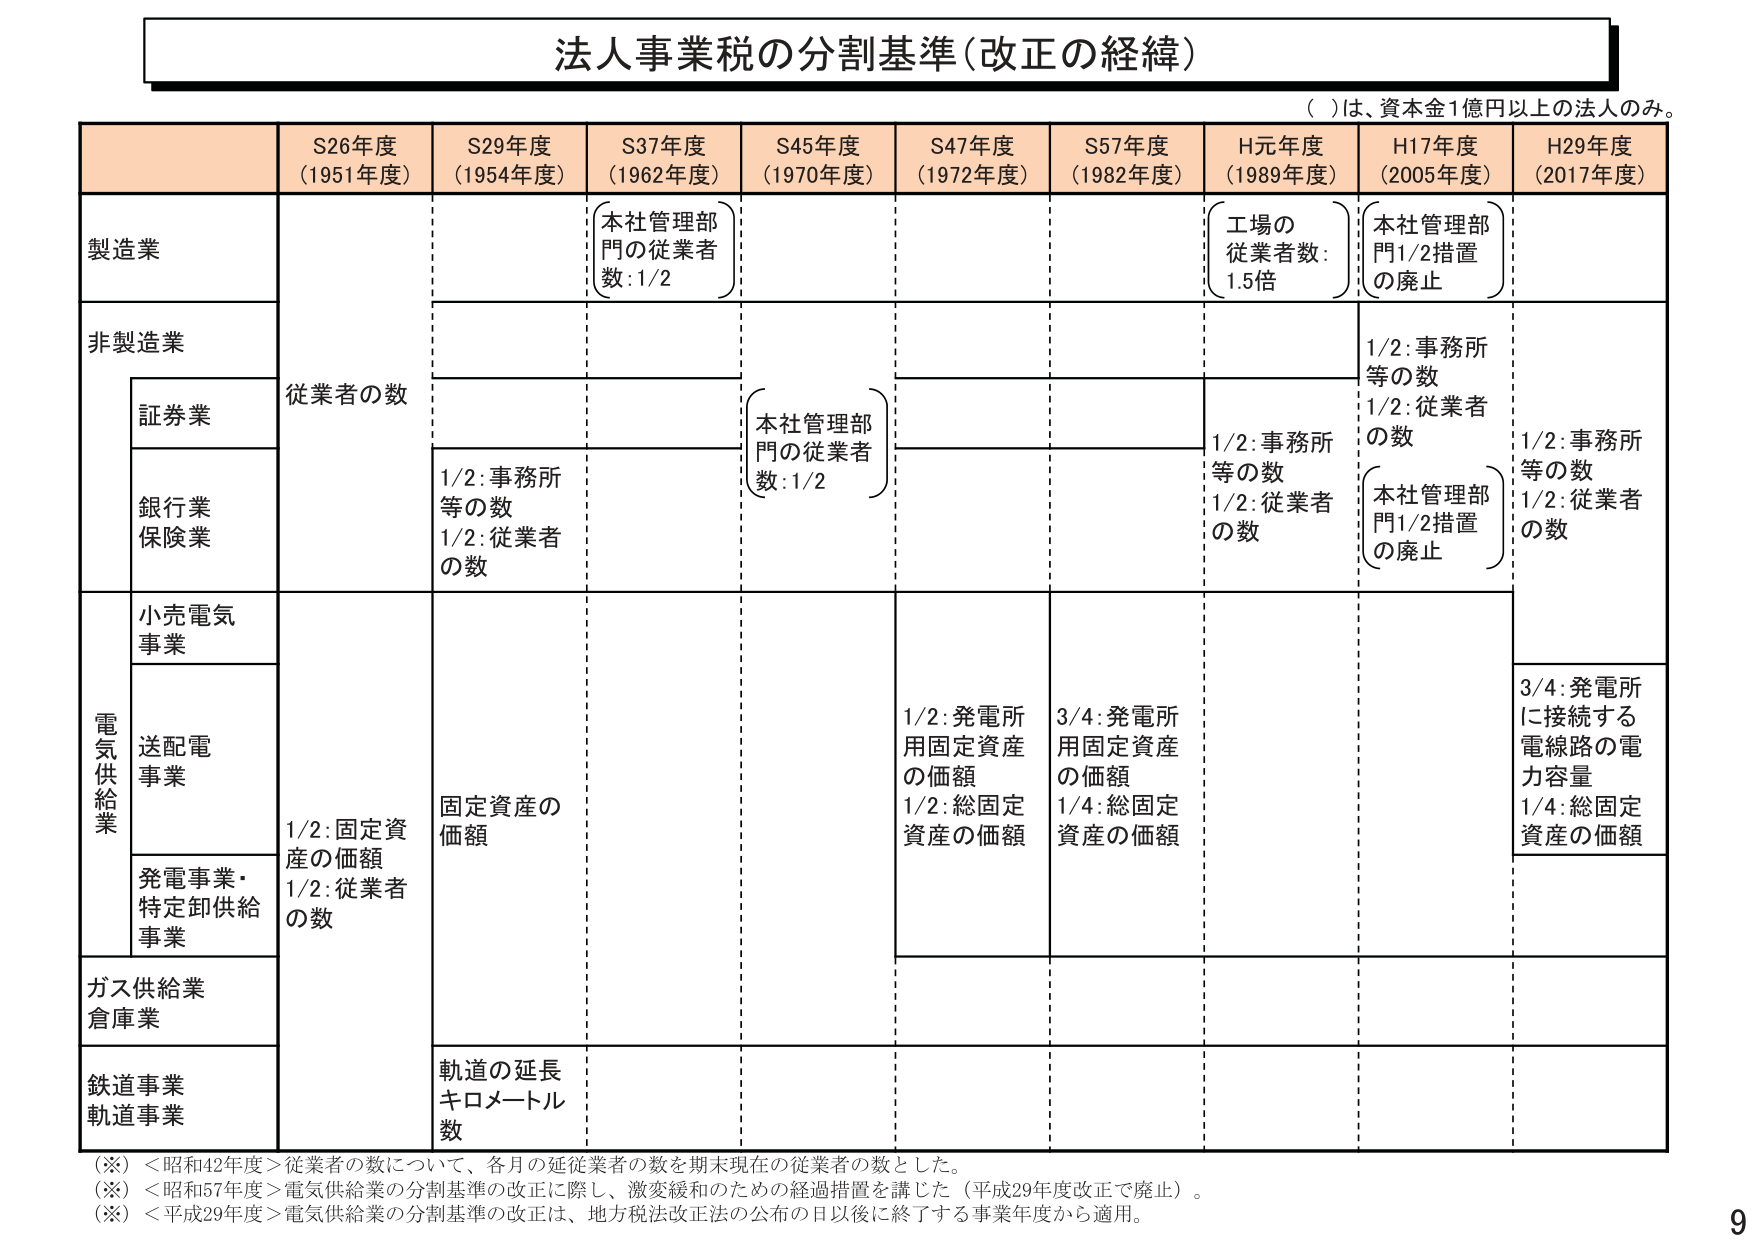
法人事業税の分割基準（改正の経緯）

（ ）は、資本金1億円以上の法人のみ。

S26年度
（1951年度）
S29年度
（1954年度）
S37年度
（1962年度）
S45年度
（1970年度）
S47年度
（1972年度）
S57年度
（1982年度）
H元年度
（1989年度）
H17年度
（2005年度）
H29年度
（2017年度）

製造業
本社管理部門の従業者数：1/2
工場の従業者数：1.5倍
本社管理部門1/2措置の廃止

非製造業
従業者の数
1/2：事務所等の数
1/2：従業者の数
1/2：事務所等の数
1/2：従業者の数
本社管理部門1/2措置の廃止
1/2：事務所等の数
1/2：従業者の数

証券業

銀行業
保険業
1/2：事務所等の数
1/2：従業者の数
本社管理部門の従業者数：1/2

電気供給業
小売電気事業
1/2：固定資産の価額
1/2：従業者の数
固定資産の価額
1/2：発電所用固定資産の価額
1/2：総固定資産の価額
3/4：発電所用固定資産の価額
1/4：総固定資産の価額
3/4：発電所に接続する電線路の電力容量
1/4：総固定資産の価額

送配電事業

発電事業・特定卸供給事業

ガス供給業
倉庫業

鉄道事業
軌道事業
軌道の延長キロメートル数

（※）＜昭和42年度＞従業者の数について、各月の延従業者の数を期末現在の従業者の数とした。
（※）＜昭和57年度＞電気供給業の分割基準の改正に際し、激変緩和のための経過措置を講じた（平成29年度改正で廃止）。
（※）＜平成29年度＞電気供給業の分割基準の改正は、地方税法改正法の公布の日以後に終了する事業年度から適用。

9